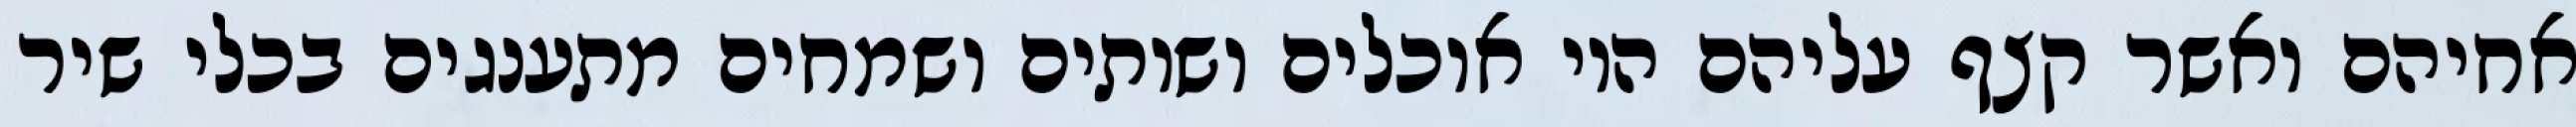
אחיהם ואשר קצף עליהם היו אוכלים ושותים ושמחים מתענגים בכלי שיר